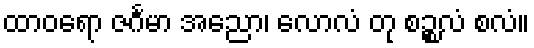
ထာဝရော ဇင်္ဂမာ အညော၊ လောလံ တု စဉ္စလံ စလံ။